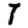
Digit: 7